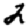
Digit: 2